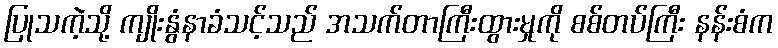
ပြုသကဲ့သို့ ကျိုးနွံနာခံသင့်သည် အသက်တာကြီးထွားမှုကို စစ်တပ်ကြီး နန်းစံက